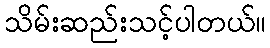
သိမ်းဆည်းသင့်ပါတယ်။